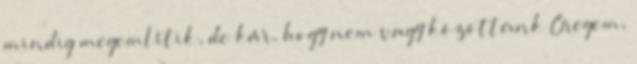
mindig megemlítik, de kár, hogy nem vagy közöttünk Öregem,